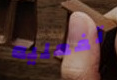
تفعليه